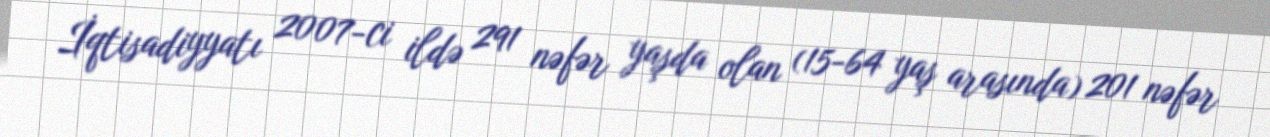
İqtisadiyyatı 2007-ci ildə 291 nəfər yaşda olan (15-64 yaş arasında) 201 nəfər